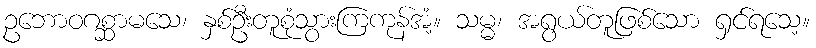
ဥဘောဝဂစ္ဆာမသေ၊ နှစ်ဦးတူစုံသွားကြကုန်အံ့။ သမ္မ၊ အရွယ်တူဖြစ်သော ရှင်ရသေ့။